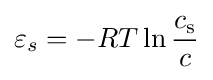
\varepsilon _{s}=-RT\ln {\frac {c_{\rm {s}}}{c}}